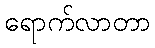
ရောက်လာတာ